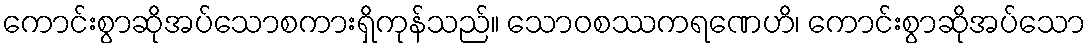
ကောင်းစွာဆိုအပ်သောစကားရှိကုန်သည်။ သောဝစဿကရဏေဟိ၊ ကောင်းစွာဆိုအပ်သော